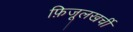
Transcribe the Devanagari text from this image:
फ़िजूलखर्ची